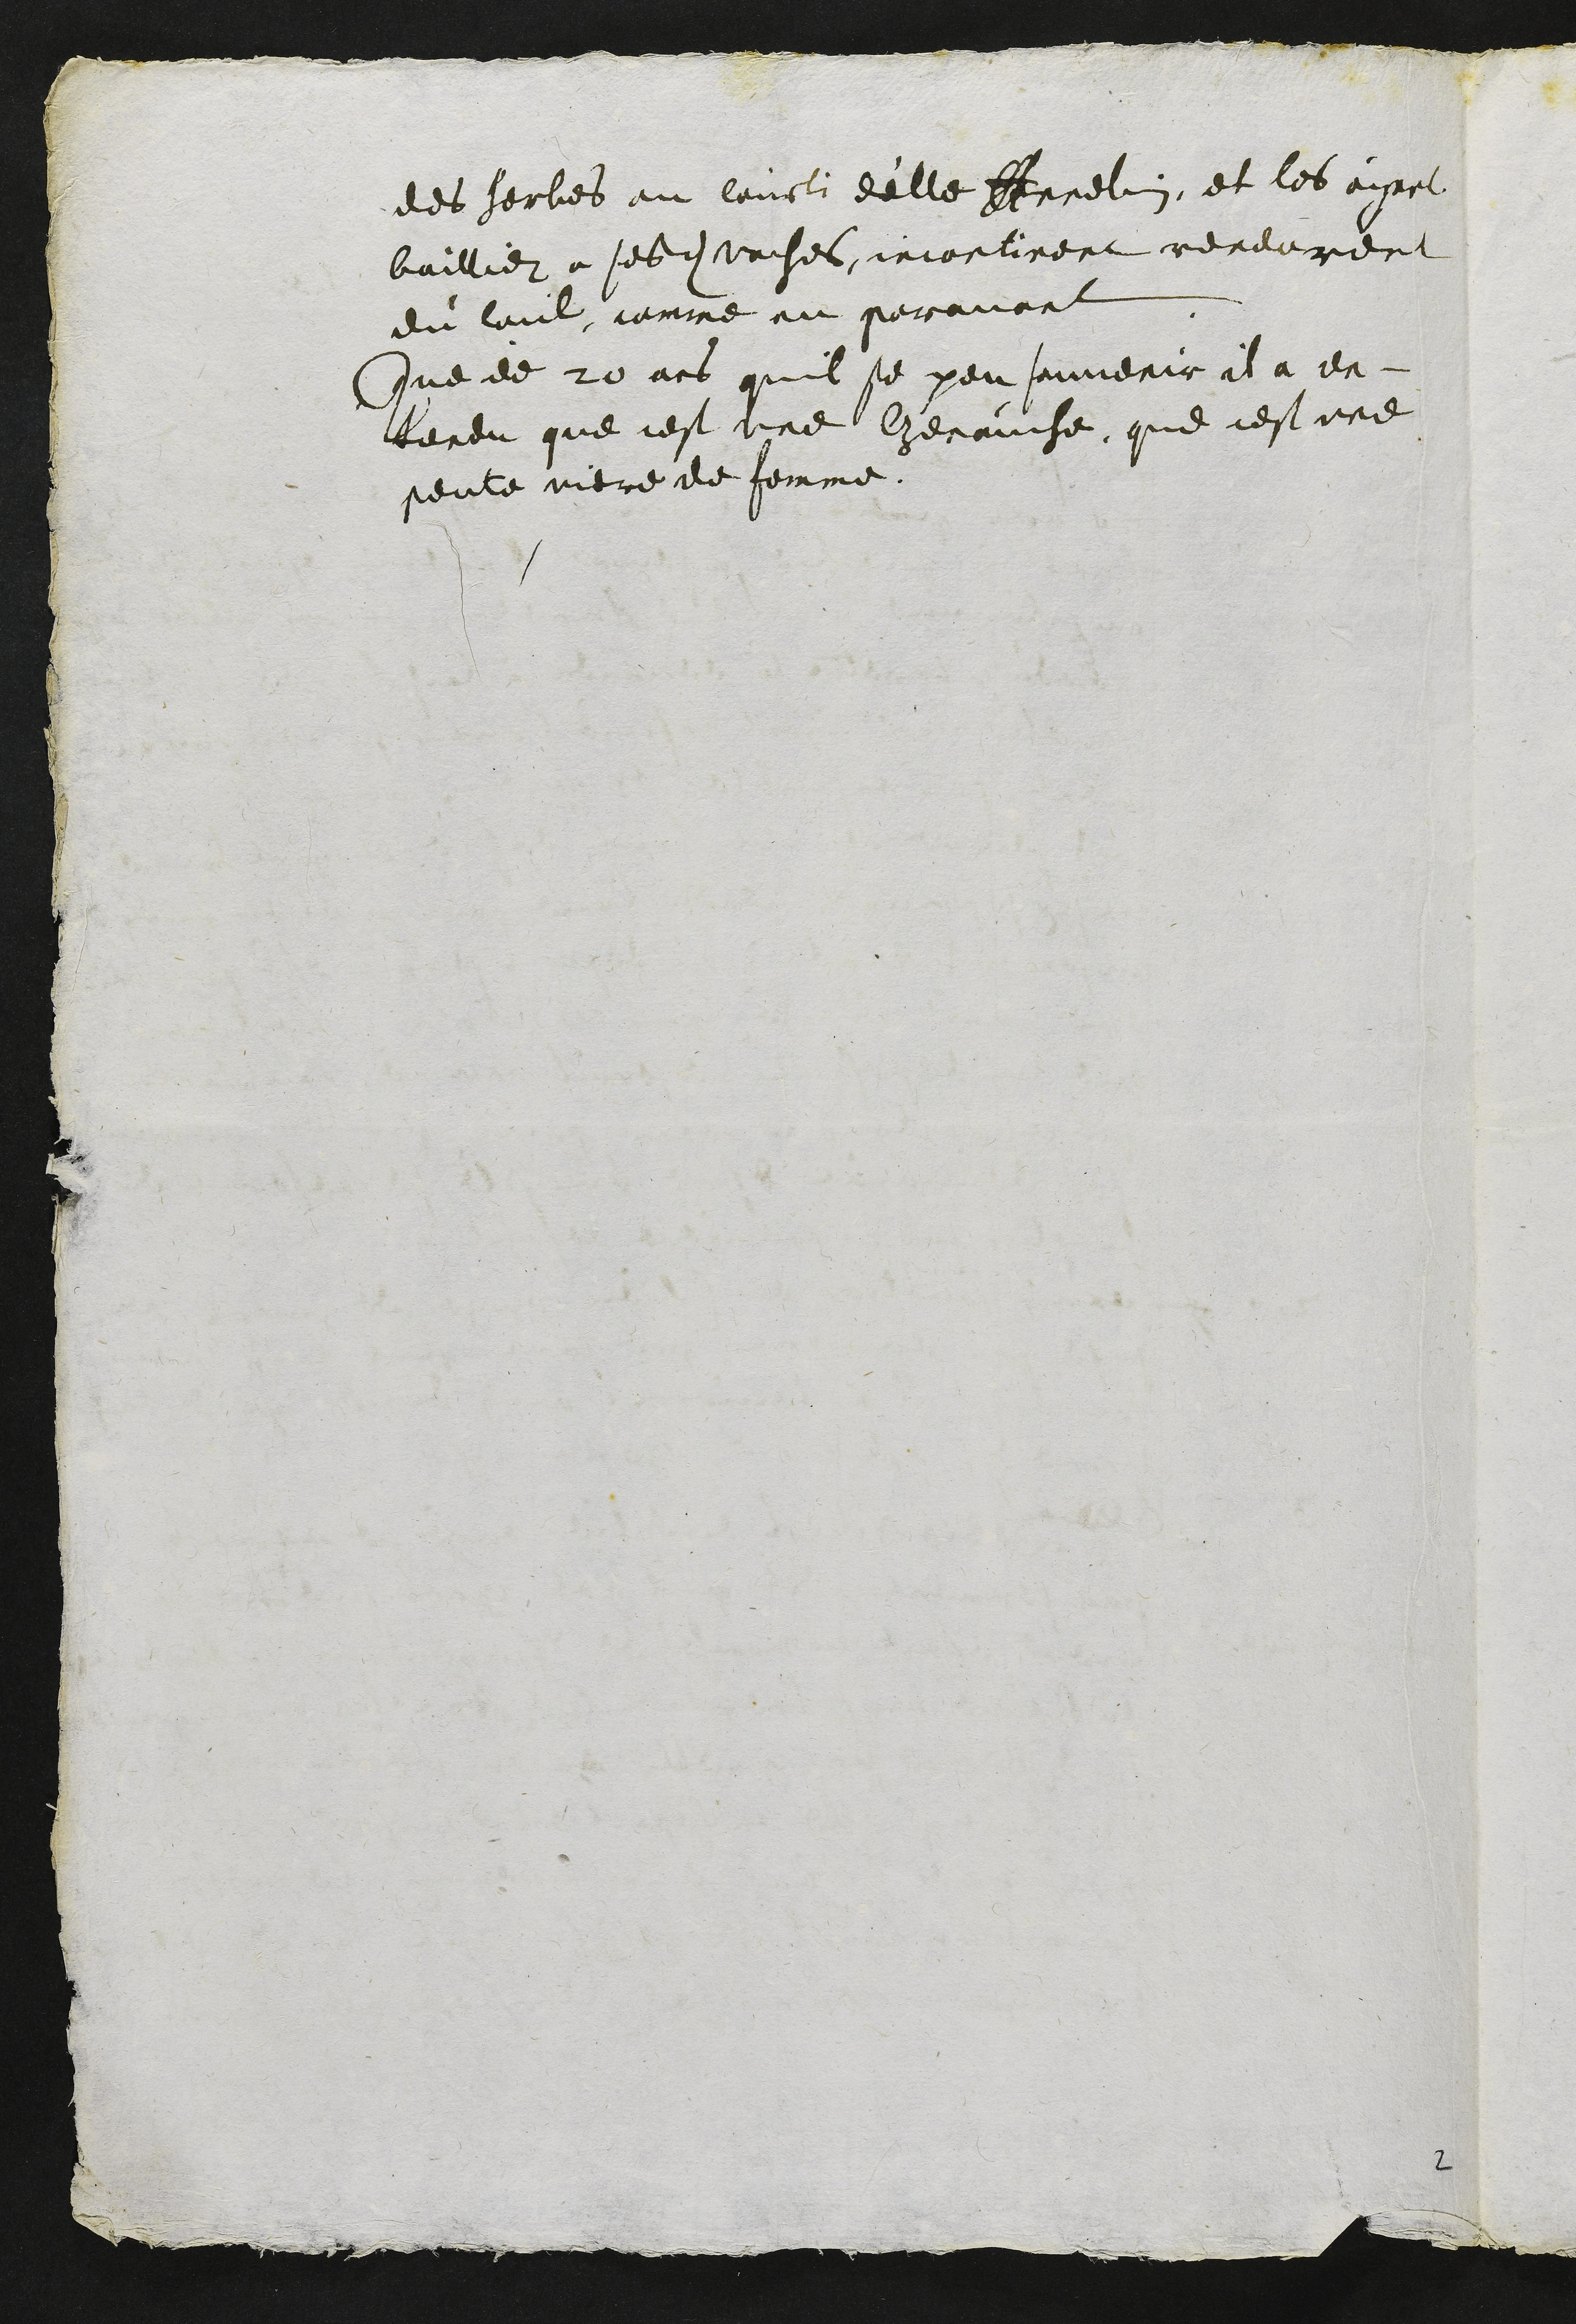
des herbes au courti d'elle Annelin, et les ayant
baillier a sesdites vaches, incontinent rendurent
du laict comme au paravant
Que de 20 ans quil se peu souvenir il a en¬
tendu que cest une genauche, que cest une
peute viere de femme.

2